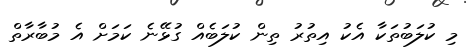
މި ކުލަބުތަކާ އެކު އިތުރު ތިން ކުލަބެއް ގުޅޭނެ ކަމަށް އެ މުބާރާތް